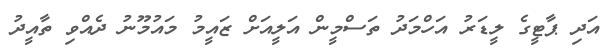
އަދި ޕާޓީގެ ލީޑަރު އަހްމަދު ތަސްމީން އަލީއަށް ޒައީމު މައުމޫނު ދެއްވި ތާއީދު